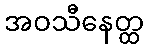
အဝသီနေတ္ထ